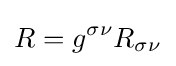
R=g^{\sigma \nu }R_{\sigma \nu }